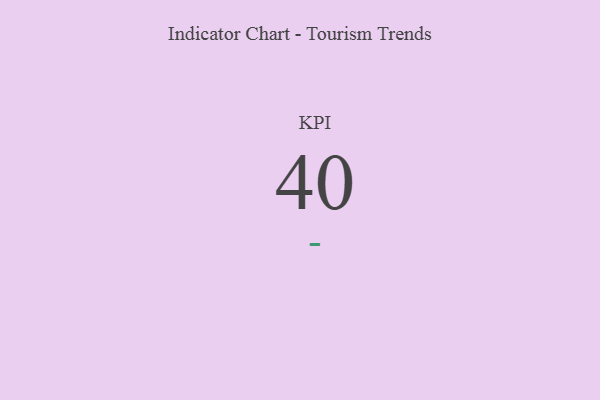
{"axis": {"x": "KPI", "y": "Value"}, "legend": [""], "data": [{"x": "KPI", "y": 40, "type": ""}]}